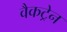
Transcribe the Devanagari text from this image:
वैकट्रेन